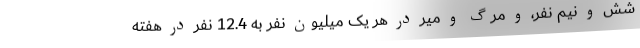
شش و نیم نفر، و مرگ و میر در هر یک میلیون نفر به 12.4 نفر در هفته